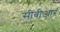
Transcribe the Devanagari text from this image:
सीबीआर